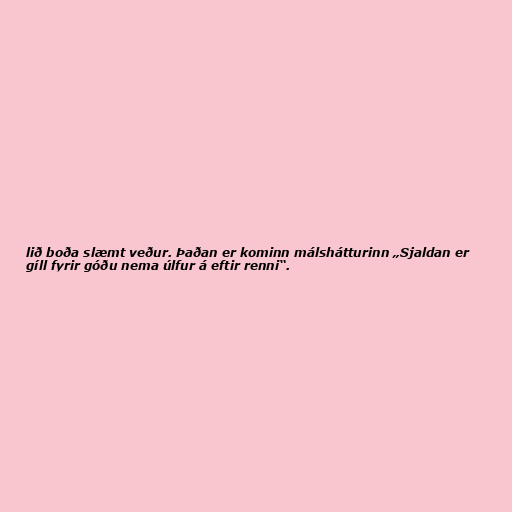
lið boða slæmt veður. Þaðan er kominn málshátturinn „Sjaldan er
gíll fyrir góðu nema úlfur á eftir renni“.